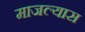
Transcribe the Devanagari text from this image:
माजल्यास